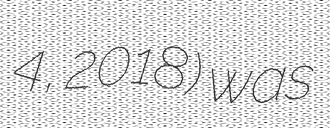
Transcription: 4, 2018) was